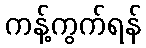
ကန့်ကွက်ရန်